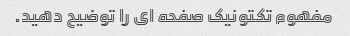
مفهوم تکتونیک صفحه ای را توضیح دهید.